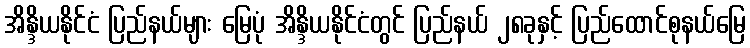
အိန္ဒိယနိုင်ငံ ပြည်နယ်များ မြေပုံ အိန္ဒိယနိုင်ငံတွင် ပြည်နယ် ၂၈ခုနှင့် ပြည်ထောင်စုနယ်မြေ